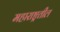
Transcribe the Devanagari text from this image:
महाराष्ट्रतील